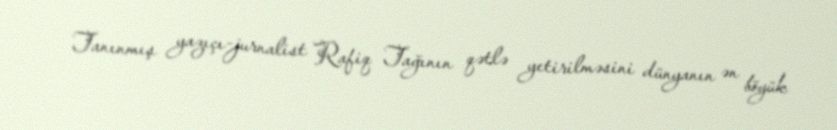
Tanınmış yazıçı-jurnalist Rafiq Tağının qətlə yetirilməsini dünyanın ən böyük